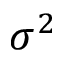
\sigma ^ { 2 }